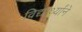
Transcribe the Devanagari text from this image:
विद्यार्थ्यांने